Vaccine operations Central Provinces 1868-1885 - 1868-1885
Year: 1868
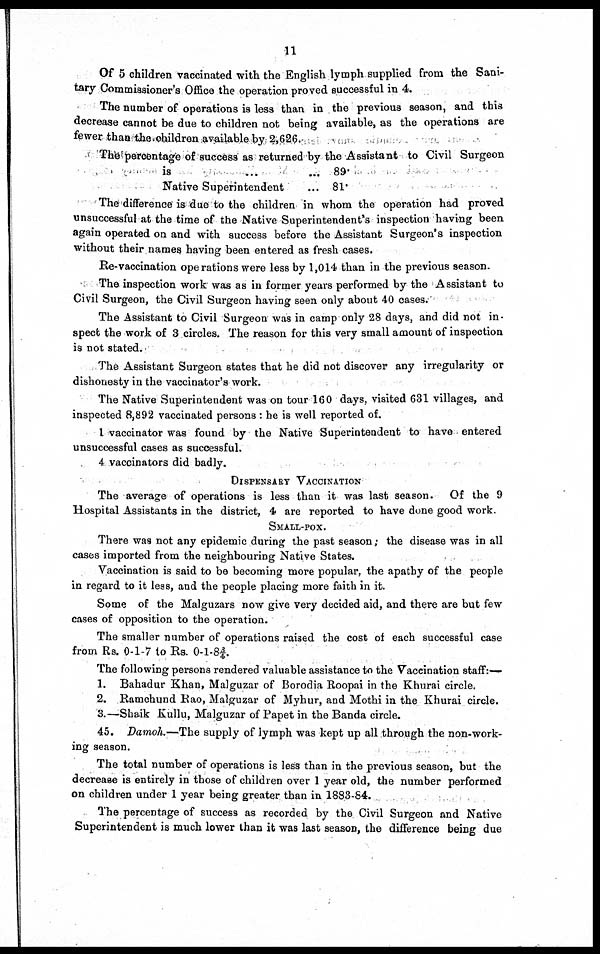
11
Of 5 children vaccinated with the English lymph supplied from the Sani-
tary Commissioner's Office the operation proved successful in 4.
The number of operations is less than in the previous season, and this
decrease cannot be due to children not being available, as the operations are
fewer than the children available by 2,626.
The percentage of success as returned by the Assistant to Civil Surgeon
is
...
...
Native Superintendent
...
89.
81.
The difference is due to the children in whom the operation had proved
unsuccessful at the time of the Native Superintendent's inspection having been
again operated on and with success before the Assistant Surgeon's inspection
without their names having been entered as fresh cases.
Re-vaccination operations were less by 1,014 than in the previous season.
The inspection work was as in former years performed by the Assistant to
Civil Surgeon, the Civil Surgeon having seen only about 40 cases.
The Assistant to Civil Surgeon was in camp only 28 days, and did not in-
spect the work of 3 circles. The reason for this very small amount of inspection
is not stated.
The Assistant Surgeon states that he did not discover any irregularity or
dishonesty in the vaccinator's work.
The Native Superintendent was on tour 160 days, visited 631 villages, and
inspected 8,892 vaccinated persons: be is well reported of.
I vaccinator was found by the Native Superintendent to have entered
unsuccessful cases as successful.
4 vaccinators did badly.
DISPENSARY VACCINATION
The average of operations is less than it was last season. Of the 9
Hospital Assistants in the district, 4 are reported to have done good work.
SMALL-POX.
There was not any epidemic during the past season; the disease was in all
cases imported from the neighbouring Native States.
Vaccination is said to be becoming more popular, the apathy of the people
in regard to it less, and the people placing more faith in it.
Some of the Malguzars now give very decided aid, and there are but few
cases of opposition to the operation.
The smaller number of operations raised the cost of each successful case
from Rs. 0-1-7 to Rs. 0-1-8¾.
The following persons rendered valuable assistance to the Vaccination staff:—
1. Bahadur Khan, Malguzar of Borodia Roopai in the Khurai circle.
2. Ramchund Rao, Malguzar of Myhur, and Mothi in the Khurai circle.
3.—Shaik Kullu, Malguzar of Papet in the Banda circle.
45. Damoh.—The supply of lymph was kept up all through the non-work-
ing season.
The total number of operations is less than in the previous season, but the
decrease is entirely in those of children over 1 year old, the number performed
on children under 1 year being greater than in 1883-84.
The percentage of success as recorded by the Civil Surgeon and Native
Superintendent is much lower than it was last season, the difference being due